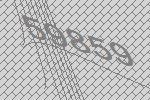
59859